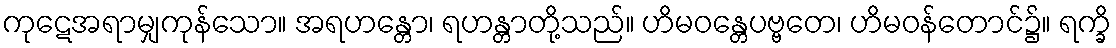
ကုဋေအရာမျှကုန်သော။ အရဟန္တော၊ ရဟန္တာတို့သည်။ ဟိမဝန္တေပဗ္ဗတေ၊ ဟိမဝန်တောင်၌။ ရက္ခိ